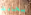
بحادث